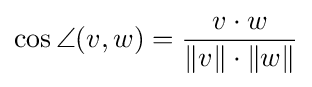
\cos \angle (v,w)={\frac {v\cdot w}{\|v\|\cdot \|w\|}}